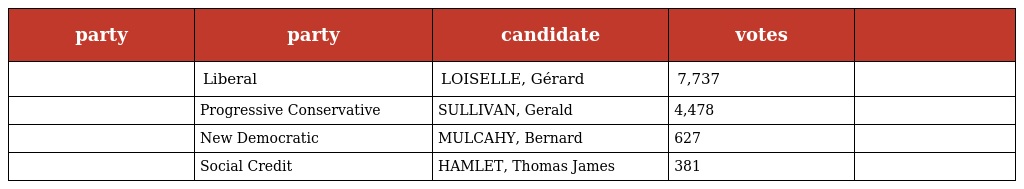
| party | party | candidate | votes |  |
 | --- | --- | --- | --- | --- |
 |  | Liberal | LOISELLE, Gérard | 7,737 |  |
 |  | Progressive Conservative | SULLIVAN, Gerald | 4,478 |  |
 |  | New Democratic | MULCAHY, Bernard | 627 |  |
 |  | Social Credit | HAMLET, Thomas James | 381 |  |